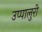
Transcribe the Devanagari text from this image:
उप्पालुरी